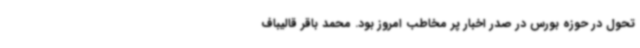
تحول در حوزه بورس در صدر اخبار پر مخاطب امروز بود. محمد باقر قالیباف